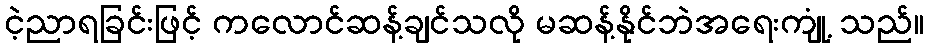
ငဲ့ညာရခြင်းဖြင့် ကလောင်ဆန့်ချင်သလို မဆန့်နိုင်ဘဲအရေးကျုံ့ သည်။